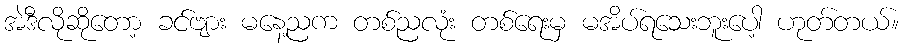
အဲဒီလိုဆိုတော့ ခင်ဗျား မနေ့ညက တစ်ညလုံး တစ်ရေးမှ မအိပ်ရသေးဘူးပေါ့ ဟုတ်တယ်။